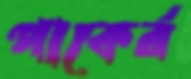
পাকের্র